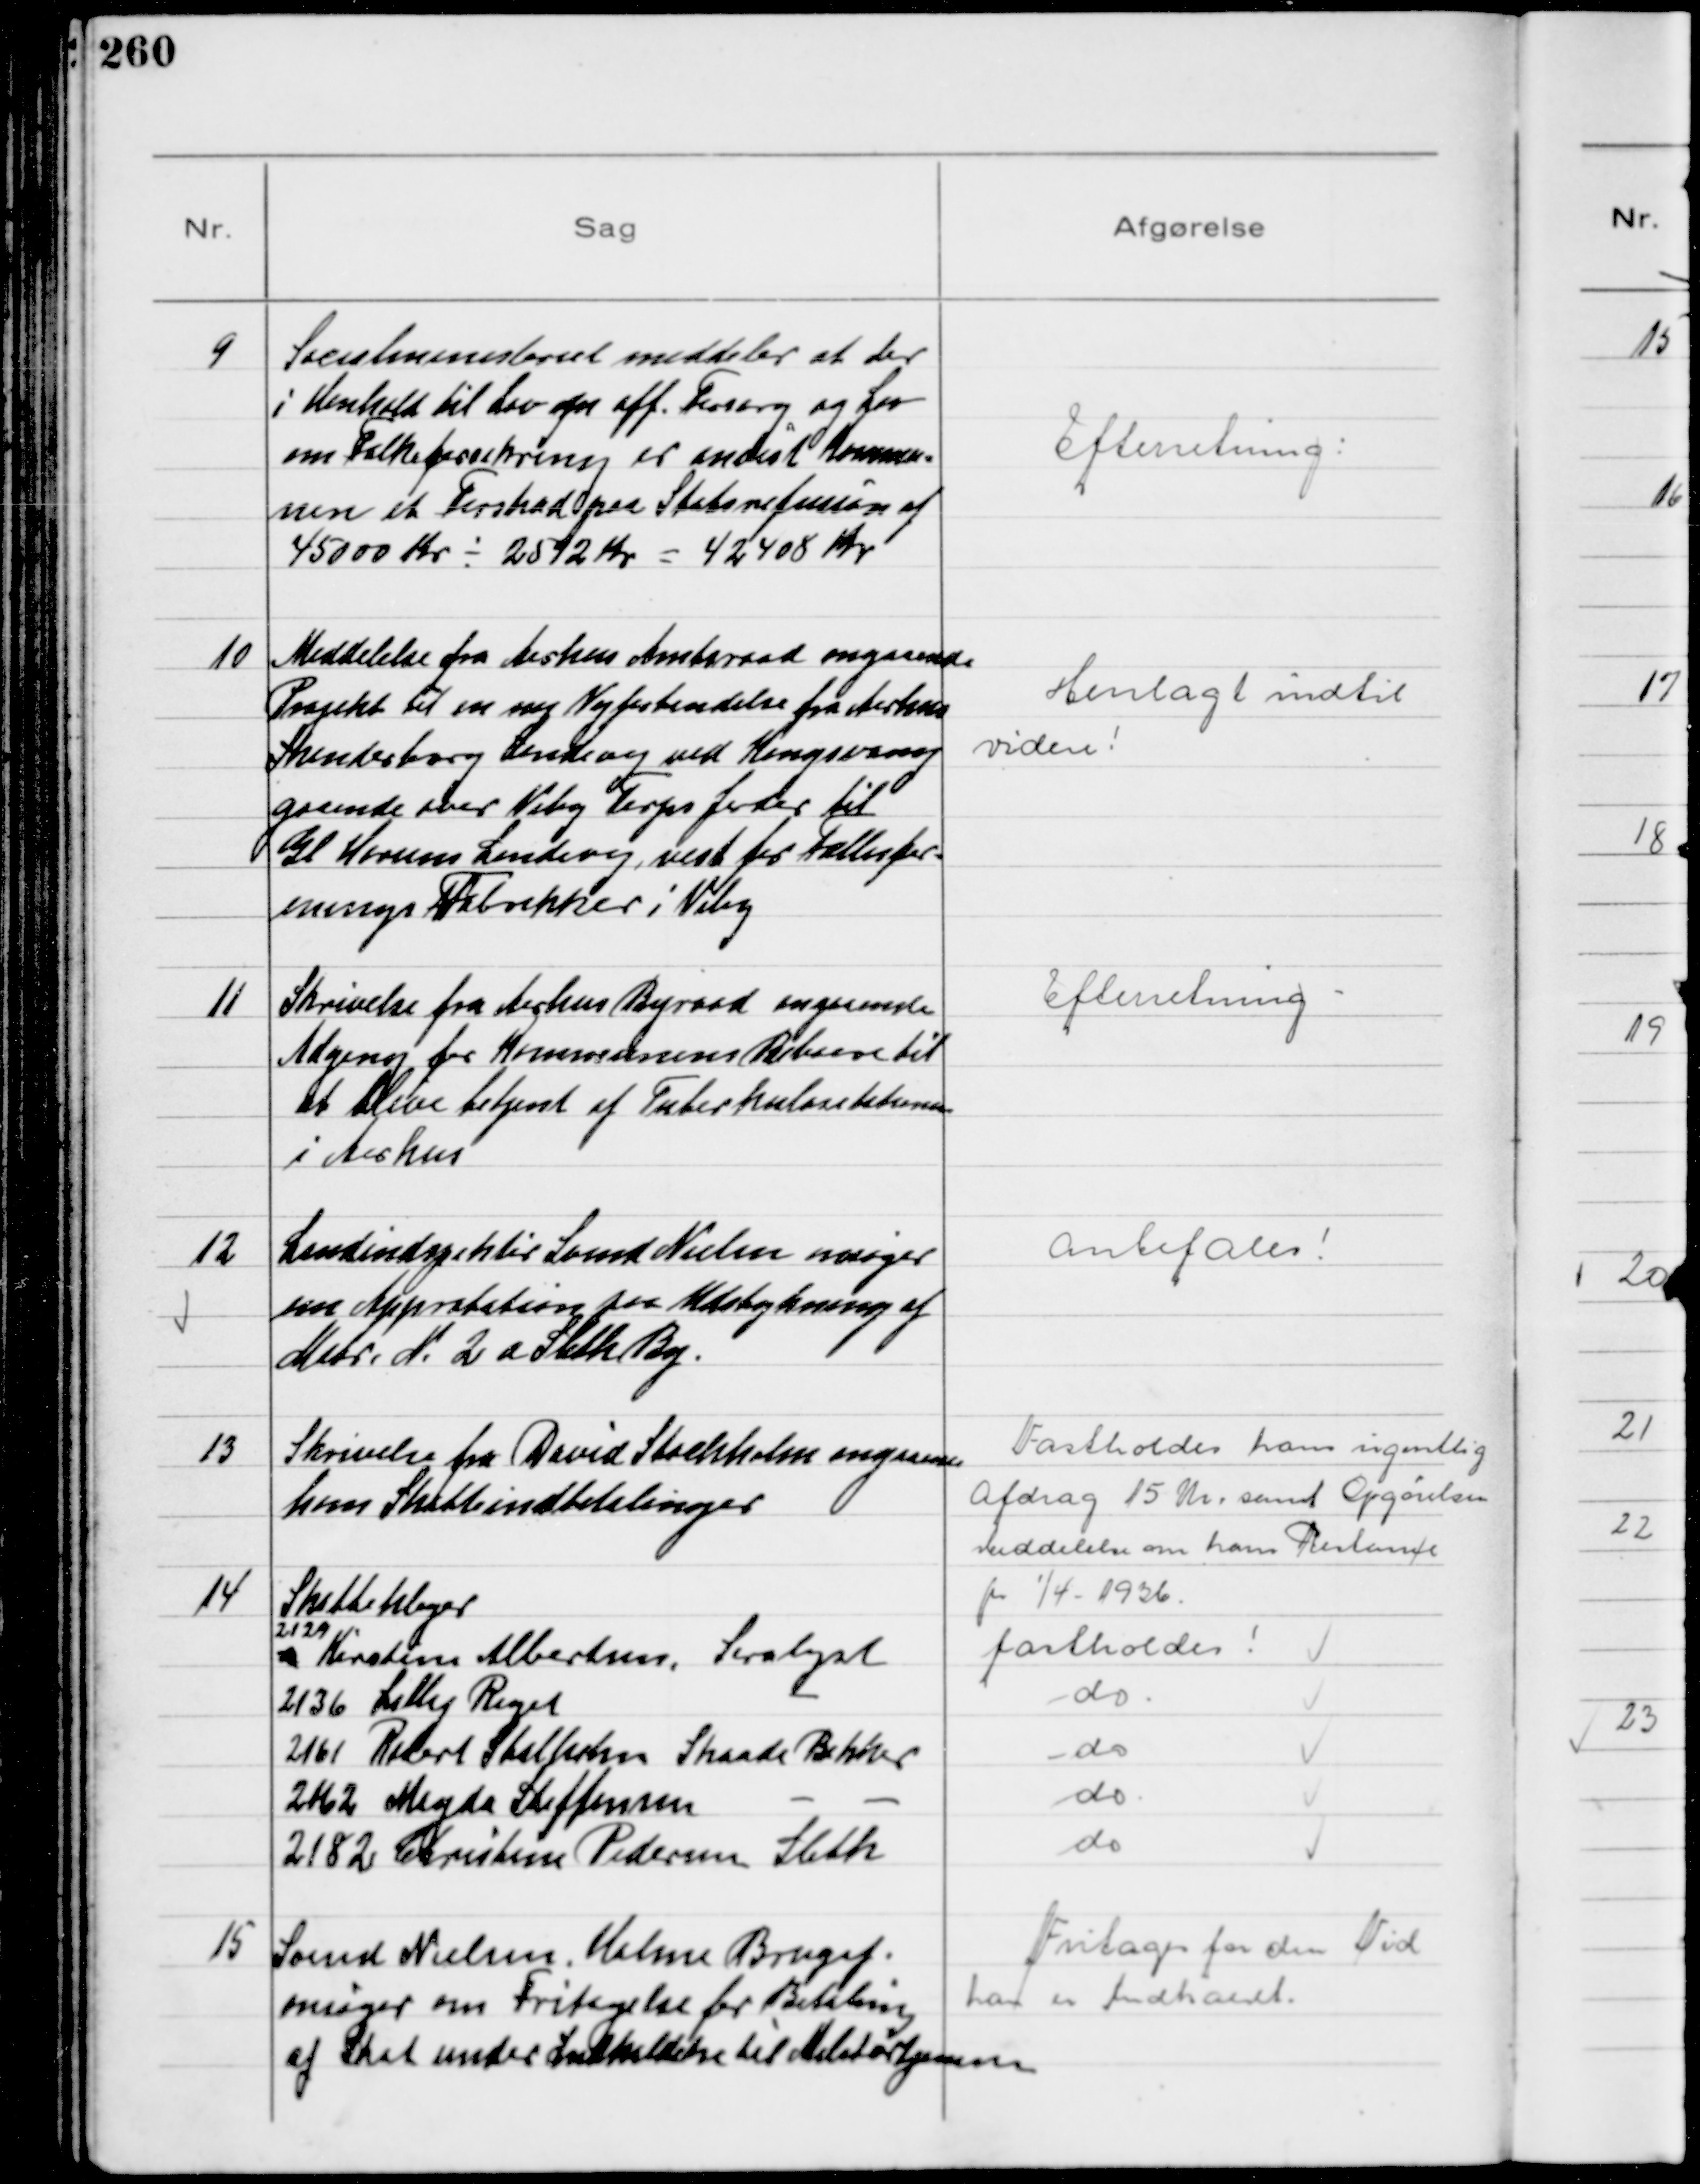
Transskription:
9
Socialministeriet meddeler at der
i Henhold til Lov om off. Forsorg og Lov
om Folkeforsikring er anvist Kommu-
nen et Forskud paa Statsrefusion af
45000 Kr ÷ 2512 Kr = 42408 Kr

Efterretning

10
Meddelelse fra Aarhus Amtsraad angaaende
Projekt til en ny Vejforbindelse fra Aarhus
Skanderborg Landevej ved Kongsvang
grunde over Viby Terps Jorder til
Gl. Horsens Landevej, vest for Fællesfor-
enings Fabrikker i Viby

Henlagt indtil
videre!

11
Skrivelse fra Aarhus Byraad angaaende
Adgang for Kommunens Beboere til
til at blive betjent af Tuberkulosestationen
i Aarhus

Efterretning

12
Landindspektør Svend Nielsen ansøger
om Approbation paa Udstykning af
Matr. N. 2a Sleth By.

Anbefales!

13
Skrivelse fra David Stochholm angaaende
hans Skatteindbetalinger

Fastholder hans ugentlig
Afdrag 15 Kr. samt Opgørelsen
Meddelelse om hans Restance
pr. 1/4- 1936

14
Skatteklager
2129
Kirstine Albertsen, Saralyst
fastholdes
2136 Lilly Riget
do
2161 Robert Skallertsen Skaade Bakker
do
2162 Magda Steffensen - -
do
2182 Christine Pedersen Sleth
do

15
Svend Nielsen, Holme Brugsf.
ansøger om Fritagelse for Betaling
af Skat under Indkaldelse til Militærtjeneste

Fritages for den Tid
han er Indkaldt